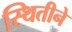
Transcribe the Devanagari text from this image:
स्थितीने